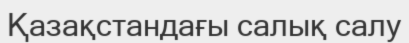
Қазақстандағы салық салу